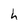
Character: h